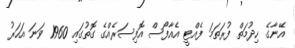
އޭނާގެ ހިދުމަތް ފުރަތަމަ ފެއްޓީ އެއާފޯސް އޮފިސަރެއްގެ ގޮތުގައި 1960 ވަނަ އަހަރު